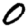
Digit: 0